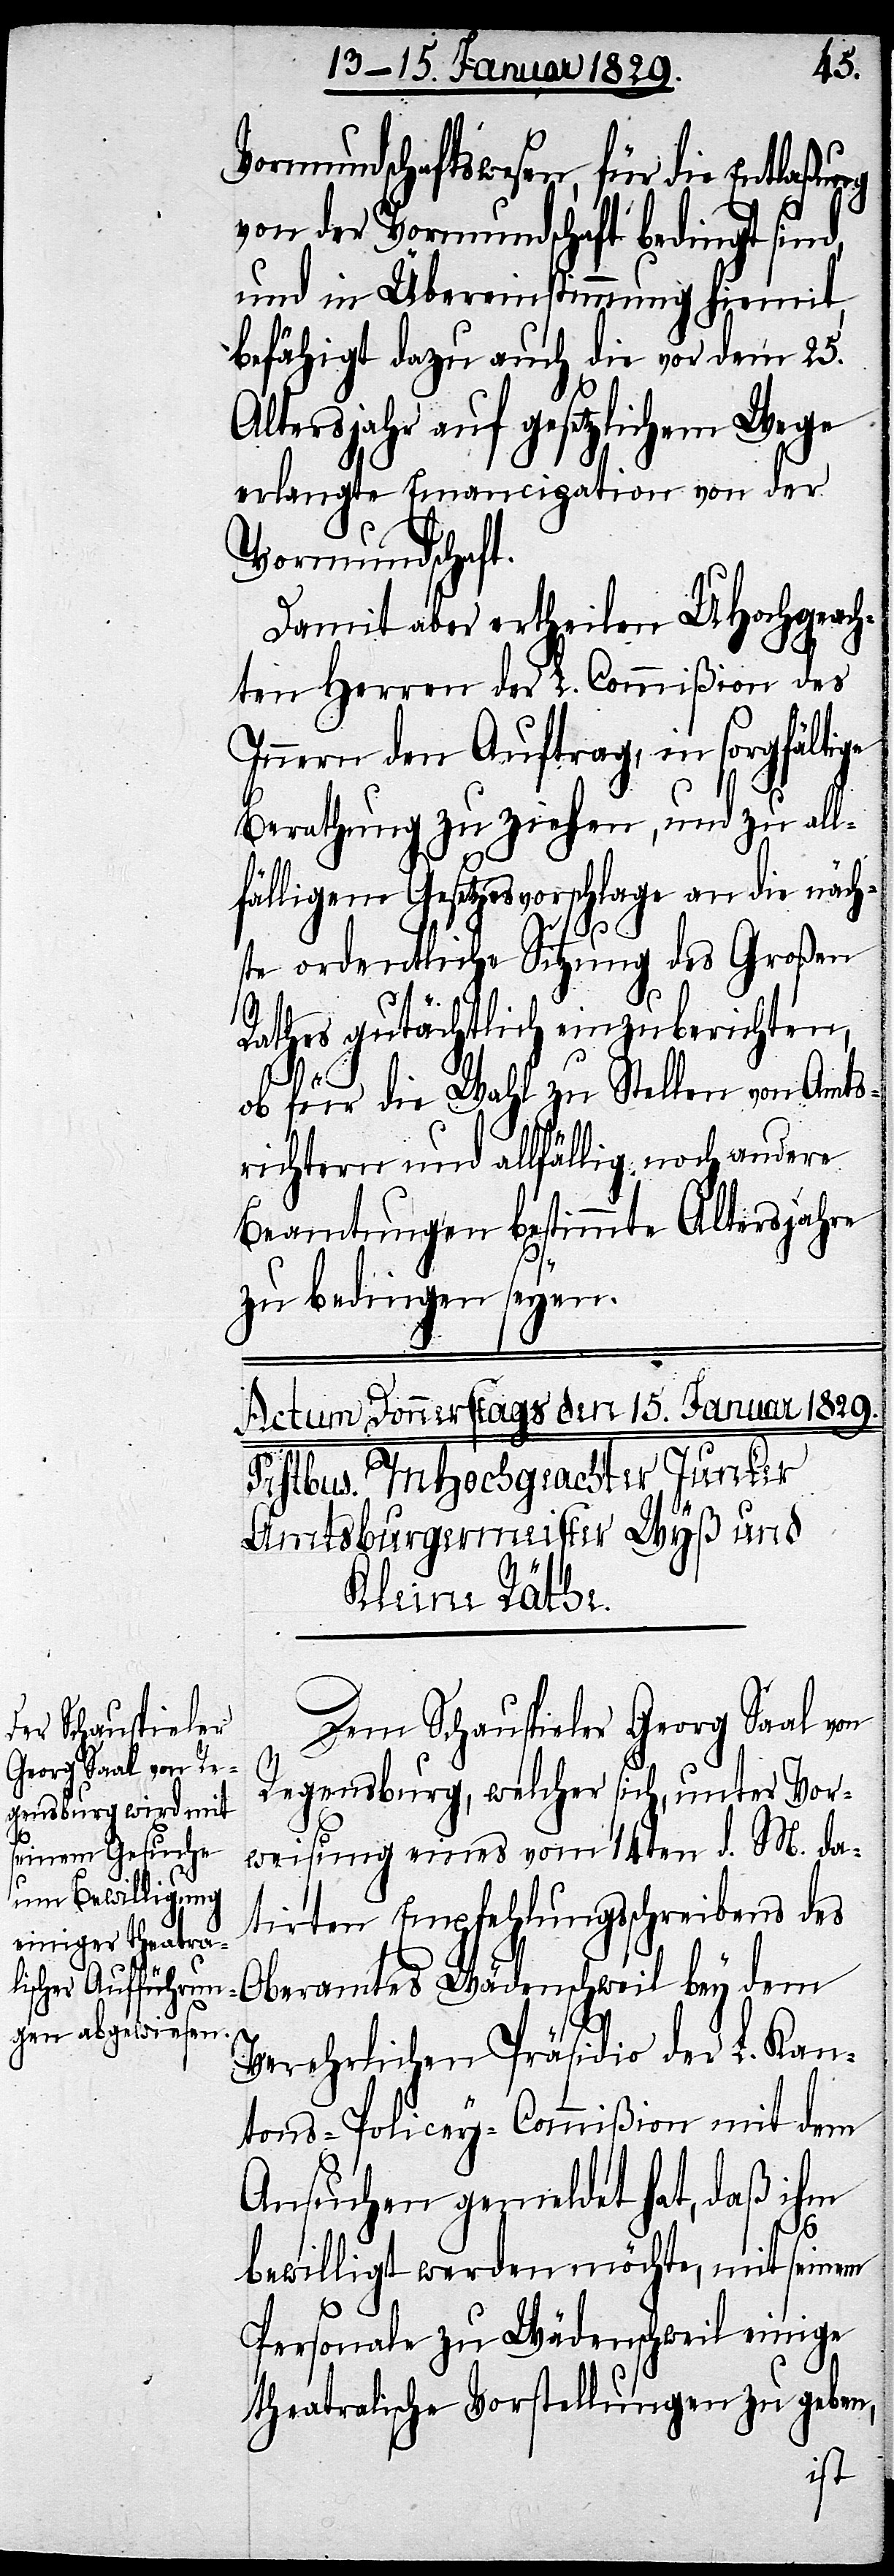
Vormundschaftswesen, für die Entlaßung
von der Vormundschaft bedingt sind,
und in Übereinstimmung hiemit,
befähigt dazu auch die vor dem 25.
Altersjahr auf gesetzlichem Wege
erlangte Emancipation von der
Vormundschaft.
Damit aber ertheilen UHochgeach¬
ten Herren der L. Commißion des
Innern den Auftrag, in sorgfältige
Berathung zu ziehen, und zu all¬
fälligem Gesetzesvorschlage an die näch¬
ste ordentliche Sitzung des Großen
Rathes gutächtlich einzuberichten,
ob für die Wahl zu Stellen von Amts¬
richtern und allfällig noch andere
Beamtungen bestimmte Altersjahre
zu bedingen seyen.
Dem Schauspieler Georg Saal von
Regensburg, welcher sich, unter Vor¬
weisung eines vom 14ten d. M. da¬
tirten Empfehlungsschreibens des
Oberamtes Wädenschweil bey dem
Verehrlichen Präsidio der L. Kan¬
tons-Policey-Commißion mit dem
Ansuchen gemeldet hat, daß ihm
bewilligt werden möchte, mit seinem
Personale zu Wädenschweil einige
theatralische Vorstellungen zu geben,